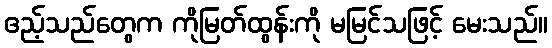
ဧည့်သည်တွေက ကိုမြတ်ထွန်းကို မမြင်သဖြင့် မေးသည်။